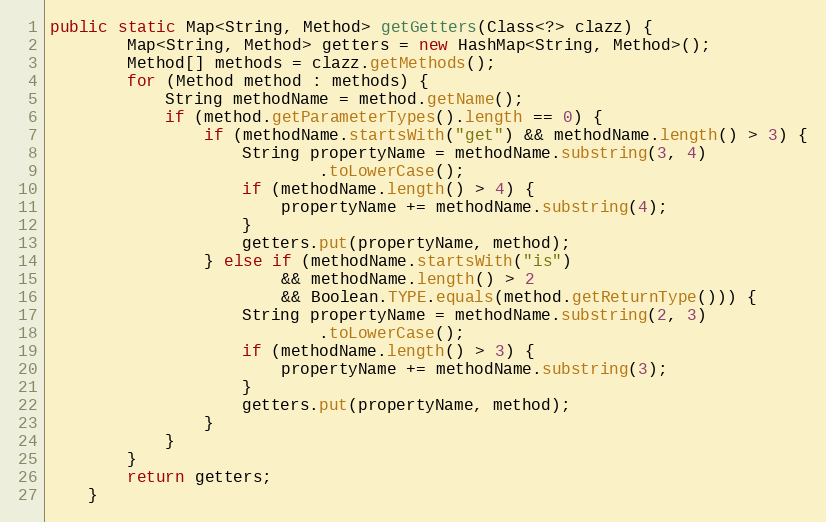
Language: Java
public static Map<String, Method> getGetters(Class<?> clazz) {
		Map<String, Method> getters = new HashMap<String, Method>();
		Method[] methods = clazz.getMethods();
		for (Method method : methods) {
			String methodName = method.getName();
			if (method.getParameterTypes().length == 0) {
				if (methodName.startsWith("get") && methodName.length() > 3) {
					String propertyName = methodName.substring(3, 4)
							.toLowerCase();
					if (methodName.length() > 4) {
						propertyName += methodName.substring(4);
					}
					getters.put(propertyName, method);
				} else if (methodName.startsWith("is")
						&& methodName.length() > 2
						&& Boolean.TYPE.equals(method.getReturnType())) {
					String propertyName = methodName.substring(2, 3)
							.toLowerCase();
					if (methodName.length() > 3) {
						propertyName += methodName.substring(3);
					}
					getters.put(propertyName, method);
				}
			}
		}
		return getters;
	}